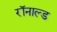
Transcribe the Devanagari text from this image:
रॉनाल्ड